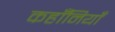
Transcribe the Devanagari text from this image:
कहाँनियाँ